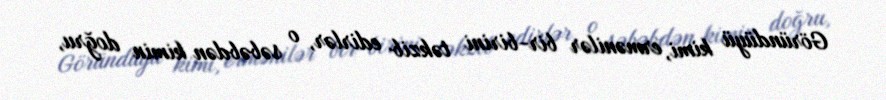
Göründüyü kimi, ermənilər bir-birini təkzib edirlər, o səbəbdən kimin doğru,